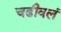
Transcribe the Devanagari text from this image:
चढीवलं